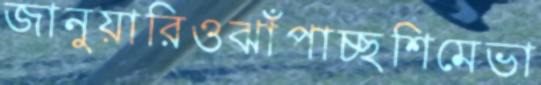
জানুয়ারিওঝাঁপাচ্ছশিমেভা